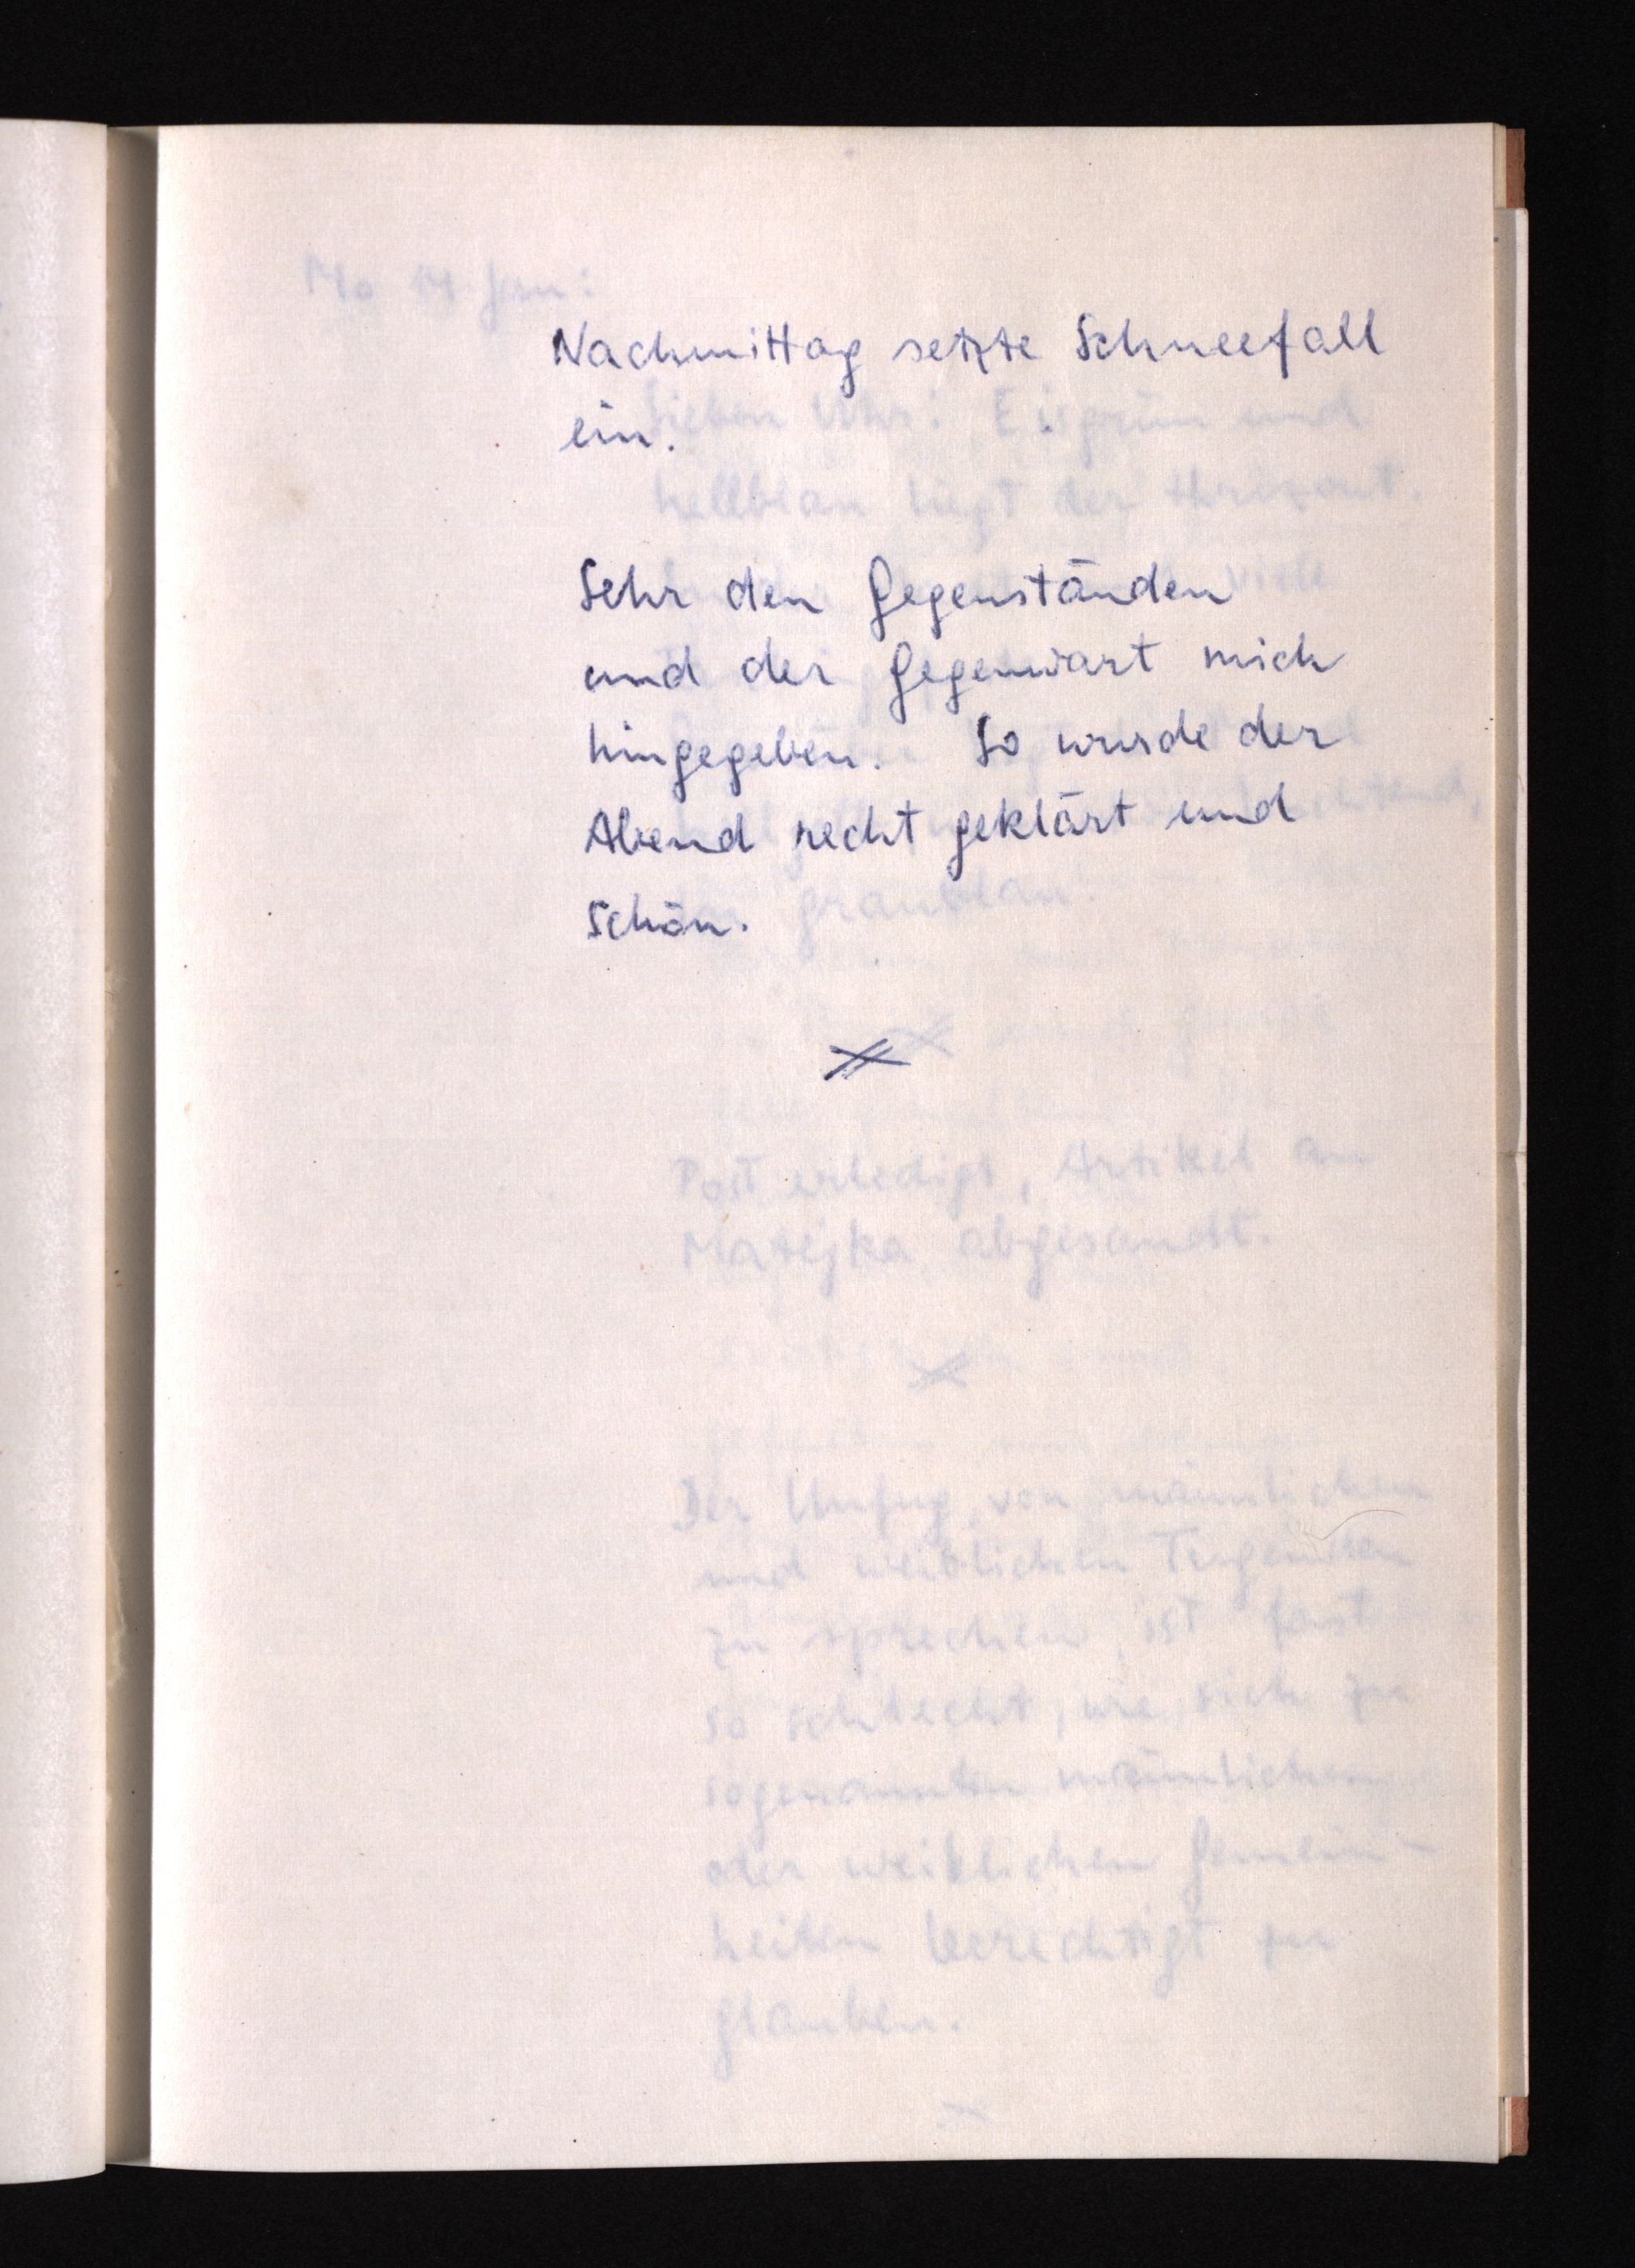
Nachmittag setzte Schneefall
ein.
Sehr den Gegenständen
und der Gegenwart mich
hingegeben. So wurde der
Abend recht geklärt und
schön.